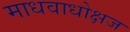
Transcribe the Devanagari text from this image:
माधवाधोक्षज